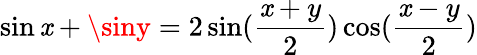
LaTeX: \sin\mathit{x}+\siny=2\sin(\frac{{\mathit{x}+y}}{{2}})\cos(\frac{{\mathit{x}-y}}{{2}})